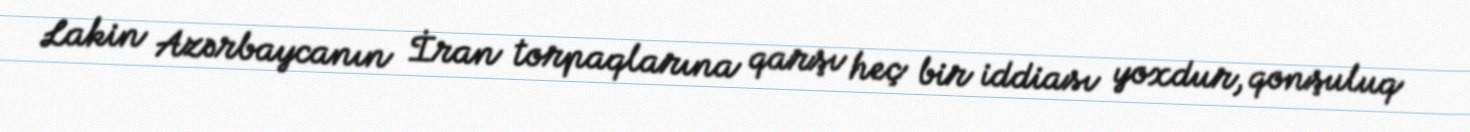
Lakin Azərbaycanın İran torpaqlarına qarşı heç bir iddiası yoxdur, qonşuluq